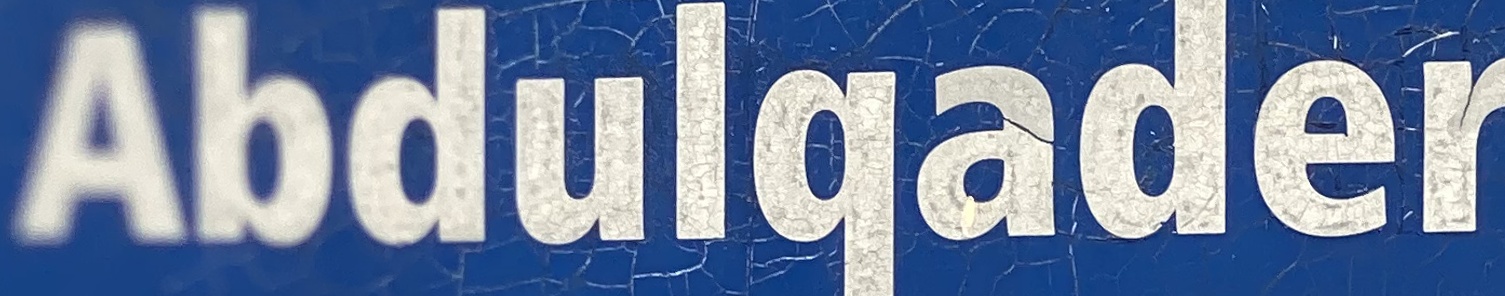
Abdulgader